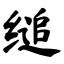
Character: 缒